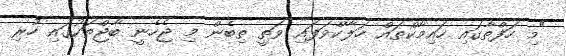
"މި ހަފްތާގައި ހައިމާކްތައް ހަލާކްވަފައި ވަތީ ތިބެން މި ޖެހެނީ ބާޖްތަކުގައި ހުރި